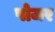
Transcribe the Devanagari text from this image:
पोजर